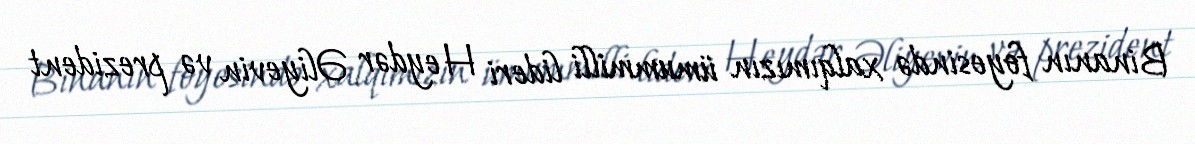
Binanın foyesində xalqımızın ümummilli lideri Heydər Əliyevin və prezident